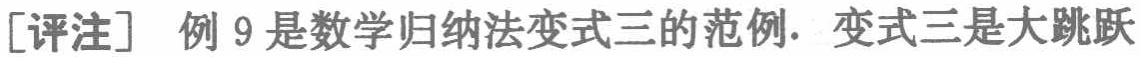
[评注] 例 9 是数学归纳法变式三的范例. 变式三是大跳跃